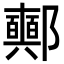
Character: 𨟛